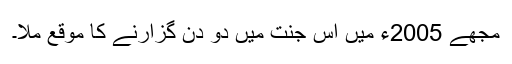
مجھے 2005ء میں اس جنت میں دو دن گزارنے کا موقع ملا۔